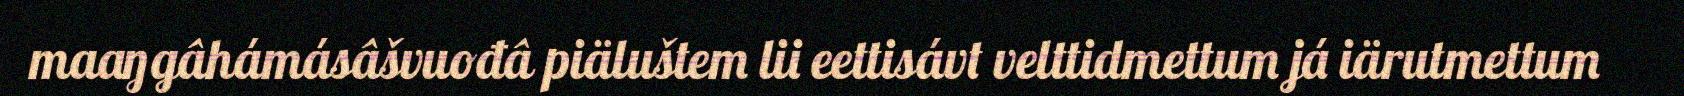
maaŋgâhámásâšvuođâ piäluštem lii eettisávt velttidmettum já iärutmettum